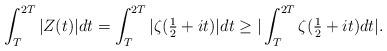
LaTeX: \begin{align*}\int_{T}^{2T}\vert Z(t) \vert dt = \int_{T}^{2T}\vert \zeta(\tfrac{1}{2}+it) \vert dt \geq \vert \int_{T}^{2T}\zeta(\tfrac{1}{2}+it) dt \vert. \end{align*}